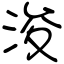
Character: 浚